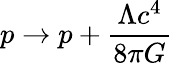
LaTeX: p\rightarrow p+{\frac{\Lambda c^{4}}{8\pi G}}